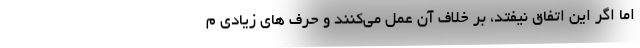
اما اگر این اتفاق نیفتد، بر خلاف آن عمل می‌کنند و حرف های زیادی م